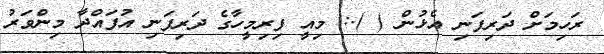
ރަހިމަށް ދަރިފަނި އެޅުން ( ).: މިއީ ފިރިމީހާގެ ދަރިފަނި އުފައްދާ މިންވަރު